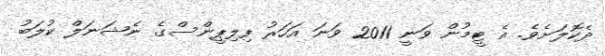
ދެކޮލަށެވެ. އެ ޓީމުން ވަނީ 2011 ވަނަ އަހަރު ފިލިޕީންސްގެ ނެޝަނަލް ކުލަބު